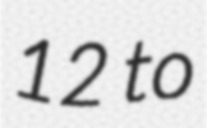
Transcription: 12 to